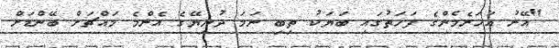
"އޭރު އަހަރެމެންގެ ފަހަތުގައި ބަޔަކު ތިބި ނަމަ ދުނިޔޭގެ އެންމެ މައްޗަށް ބޭންޑަށް